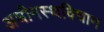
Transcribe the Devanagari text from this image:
अधीनस्थविधान